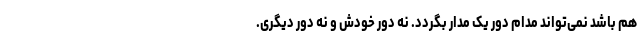
هم باشد نمی‌تواند مدام دور یک مدار بگردد. نه دور خودش و نه دور دیگری.